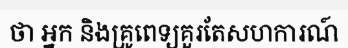
ថា អ្នក និងគ្រូពេទ្យគួរតែសហការណ៍